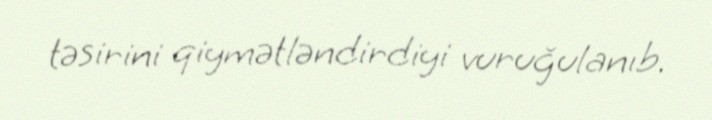
təsirini qiymətləndirdiyi vuruğulanıb.